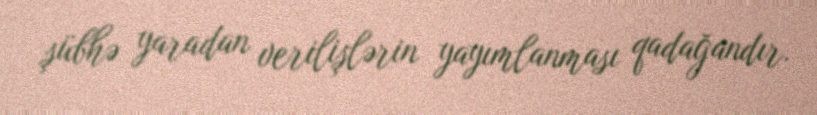
şübhə yaradan verilişlərin yayımlanması qadağandır.